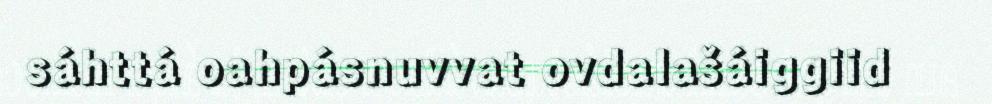
sáhttá oahpásnuvvat ovdalašáiggiid